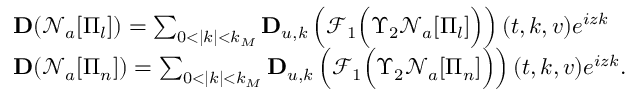
\begin{array} { r l } & { \mathbf { D } ( \mathcal { N } _ { a } [ \Pi _ { l } ] ) = \sum _ { 0 < | k | < k _ { M } } \mathbf { D } _ { u , k } \left( \mathcal { F } _ { 1 } \Big ( \Upsilon _ { 2 } \mathcal { N } _ { a } [ \Pi _ { l } ] \Big ) \right) ( t , k , v ) e ^ { i z k } } \\ & { \mathbf { D } ( \mathcal { N } _ { a } [ \Pi _ { n } ] ) = \sum _ { 0 < | k | < k _ { M } } \mathbf { D } _ { u , k } \left( \mathcal { F } _ { 1 } \Big ( \Upsilon _ { 2 } \mathcal { N } _ { a } [ \Pi _ { n } ] \Big ) \right) ( t , k , v ) e ^ { i z k } . } \end{array}